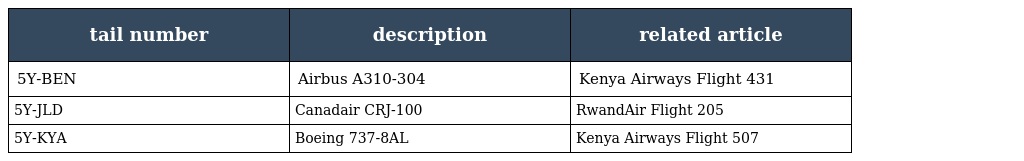
| tail number | description | related article |
 | --- | --- | --- |
 | 5Y-BEN | Airbus A310-304 | Kenya Airways Flight 431 |
 | 5Y-JLD | Canadair CRJ-100 | RwandAir Flight 205 |
 | 5Y-KYA | Boeing 737-8AL | Kenya Airways Flight 507 |